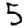
Digit: 5